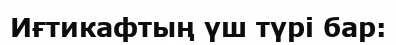
Иғтикафтың үш түрі бар: